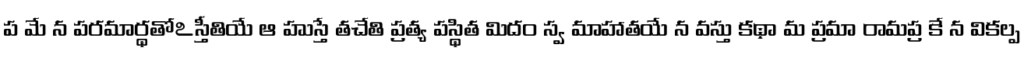
ప మే న పరమార్థతోఽస్తీతియే ఆ హుస్తే తచేతి ప్రత్య పస్థిత మిదం స్వ మాహాతయే న వస్తు కథా మ ప్రమా రామప్ర కే న వికల్ప